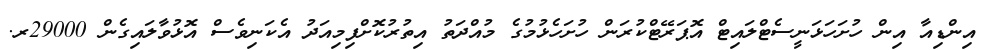
އިންޑިއާ އިން ހުށަހަޅަނީސެޓްލައިޓް އޮޕަރޭޓްކުރަން ހުށަހެޅުމުގެ މުއްދަތު އިތުރުކޮށްފިމިއަދު އެކަނިވެސް އޮޅުވާލައިގެން 29000ރ.